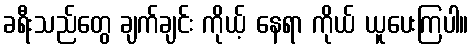
ခရီးသည်တွေ ချက်ချင်း ကိုယ့် နေရာ ကိုယ် ယူပေးကြပါ။